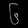
Digit: ၆